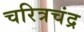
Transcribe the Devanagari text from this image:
चरित्रचंद्र